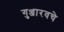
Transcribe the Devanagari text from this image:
गुञ्जारवचे